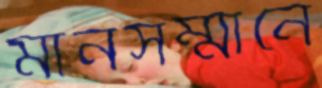
মানসম্মানে